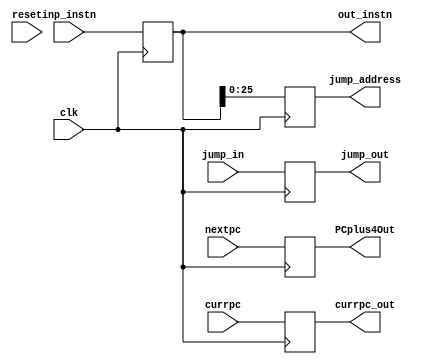
module IF_ID_reg(currpc, nextpc ,inp_instn ,out_instn ,clk ,PCplus4Out, currpc_out, jump_in, jump_out, jump_address, reset);

  input wire [31:0] inp_instn,nextpc, currpc;
  input clk, reset, jump_in;
  reg flag_if_id;
  output reg [31:0] out_instn, PCplus4Out, currpc_out;
  reg [31:0] t_inp_instn, t_nextpc, t_currpc;
  output reg[25:0] jump_address;
  output reg jump_out;

  always @(posedge reset)
    begin
      flag_if_id = 1'b0;
    end

  always @(negedge clk)
    begin
      jump_address = out_instn[25:0];
      PCplus4Out <= nextpc;
      currpc_out <= currpc;
      out_instn = inp_instn;
      jump_out <= jump_in;
    end

endmodule